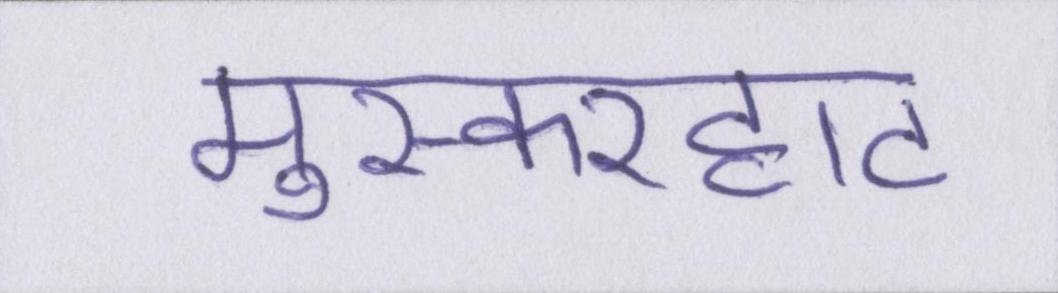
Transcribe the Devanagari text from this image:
मुस्करहाट